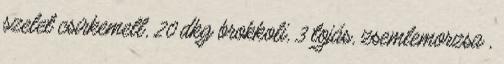
szelet csirkemell, 20 dkg brokkoli, 3 tojás, zsemlemorzsa ,